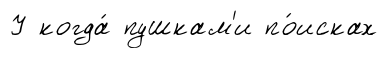
У когда́ пушкам'и по́исках